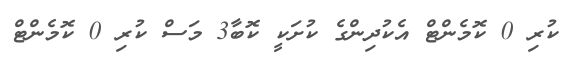
ކުރި 0 ކޮމެންޓް އެކުދިންގެ ކުށަކީ ކޮބާ3 މަސް ކުރި 0 ކޮމެންޓް